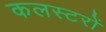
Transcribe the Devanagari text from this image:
कलस्टरों